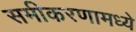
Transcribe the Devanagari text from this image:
समीकरणामध्ये